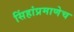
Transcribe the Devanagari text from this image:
सिंहांप्रमाणेच